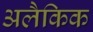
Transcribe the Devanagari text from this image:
अलैकिक